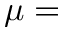
\mu =